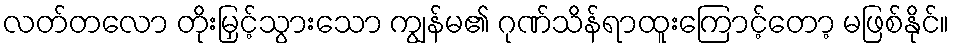
လတ်တလော တိုးမြှင့်သွားသော ကျွန်မ၏ ဂုဏ်သိန်ရာထူးကြောင့်တော့ မဖြစ်နိုင်။